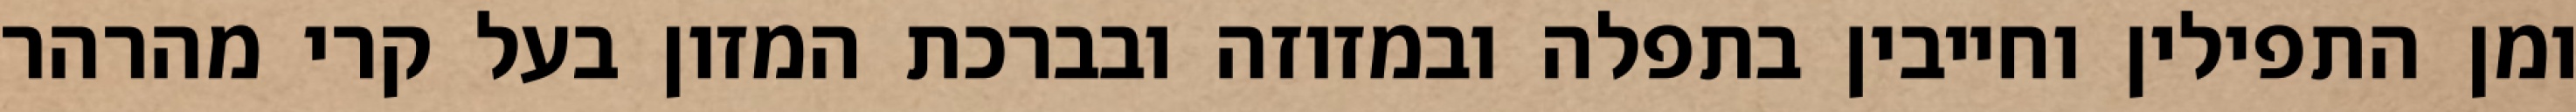
ומן התפילין וחייבין בתפלה ובמזוזה ובברכת המזון בעל קרי מהרהר